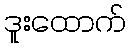
ဒူးထောက်